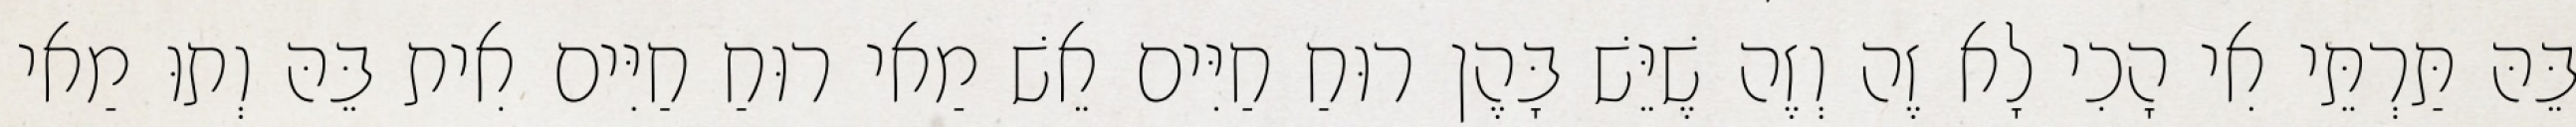
בֵּהּ תַּרְתֵּי אִי הָכִי לָא זֶה וְזֶה שֶׁיֵּשׁ בָּהֶן רוּחַ חַיִּים אֵשׁ מַאי רוּחַ חַיִּים אִית בֵּהּ וְתוּ מַאי